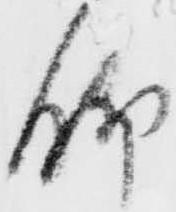
脚